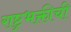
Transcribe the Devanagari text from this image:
राष्ट्रभक्तीची